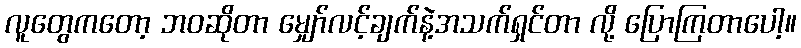
လူတွေကတော့ ဘဝဆိုတာ မျှော်လင့်ချက်နဲ့အသက်ရှင်တာ လို့ ပြောကြတာပေါ့။